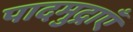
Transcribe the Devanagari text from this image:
पादमुद्राएँ